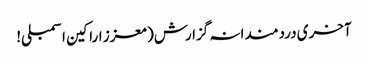
آخری دردمندانہ گزارش( معزز اراکین اسمبلی!